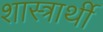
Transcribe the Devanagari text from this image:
शास्त्रार्थी